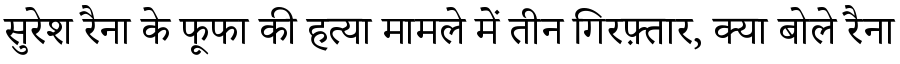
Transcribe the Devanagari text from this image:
सुरेश रैना के फूफा की हत्या मामले में तीन गिरफ़्तार, क्या बोले रैना